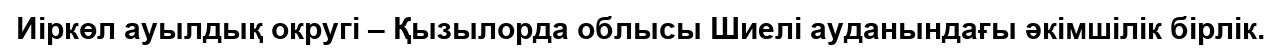
Иіркөл ауылдық округі – Қызылорда облысы Шиелі ауданындағы әкімшілік бірлік.